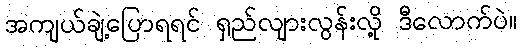
အကျယ်ချဲ့ပြောရရင် ရှည်လျားလွန်းလို့ ဒီလောက်ပဲ။